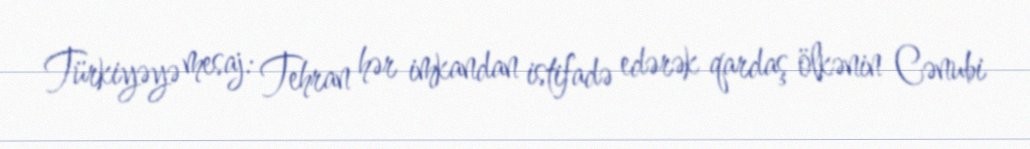
Türkiyəyə mesaj: Tehran hər imkandan istifadə edərək qardaş ölkənin Cənubi